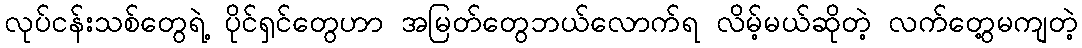
လုပ်ငန်းသစ်တွေရဲ့ ပိုင်ရှင်တွေဟာ အမြတ်တွေဘယ်လောက်ရ လိမ့်မယ်ဆိုတဲ့ လက်တွေ့မကျတဲ့